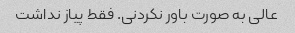
عالی به صورت باور نکردنی. فقط پیاز نداشت